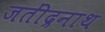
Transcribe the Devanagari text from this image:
जतींद्रनाथ